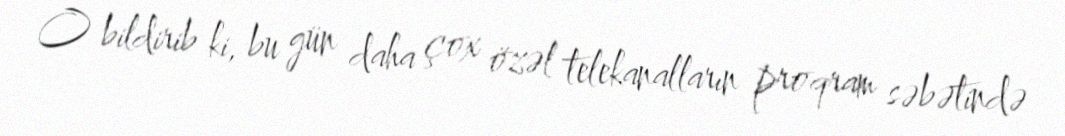
O bildirib ki, bu gün daha çox özəl telekanalların proqram səbətində